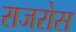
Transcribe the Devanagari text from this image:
राजरोस